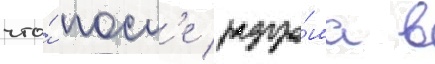
что́ посл'е разгро́ма в